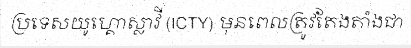
ប្រទេសយូហ្គោស្លាវី (ICTY) មុនពេលត្រូវតែងតាំងជា